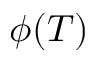
\phi ( T )